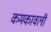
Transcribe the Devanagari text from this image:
कमकावली